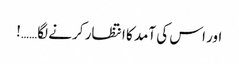
اور اس کی آمد کا انتظار کرنے لگا……!